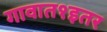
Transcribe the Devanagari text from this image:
गावात१इतर